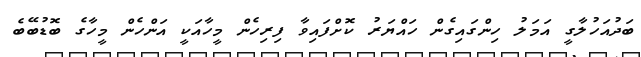
ބަދުއަހުލާގީ އަމަލު ހިންގައިގެން ހައްޔަރު ކޮށްފައިވާ ފިރިހެން މީހާއަކީ އަންހެން މީހާގެ ބޮޑުބޭބެ